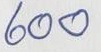
600